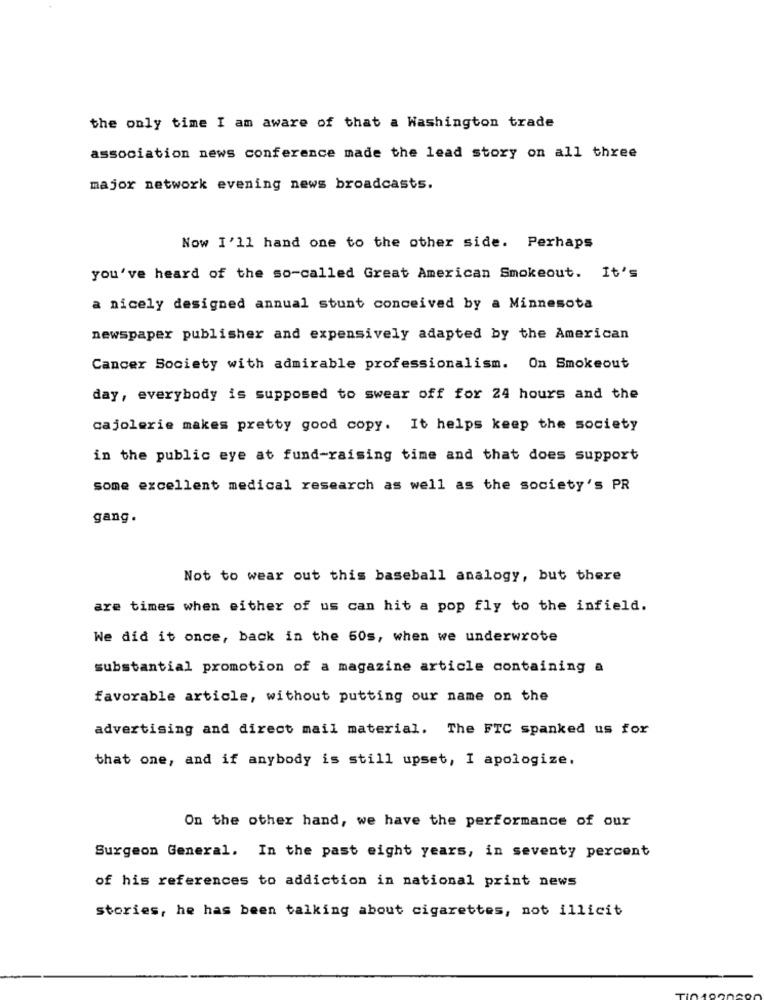
the only time I am aware of that a Washington trade
association news conference made the lead story on all three
major network evening news broadcasts.
Now I'll hand one to the other side. Perhaps
you've heard of the so-called Great American Smokeout. It's
a nicely designed annual stunt conceived by a Minnesota
newspaper publisher and expensively adapted by the American
Cancer Society with admirable professionalism. On Smokeout
day, everybody is supposed to swear off for 24 hours and the
cajolerie makes pretty good copy. It helps keep the society
in the public eye at fund-raising time and that does support
some excellent medical research as well as the society's PR
gang.
Not to wear out this baseball analogy, but there
are times when either of us can hit a pop fly to the infield.
We did it once, back in the 60s, when we underwrote
substantial promotion of a magazine article containing a
favorable article, without putting our name on the
advertising and direct mail material. The FTC spanked us for
that one, and if anybody is still upset, I apologize.
On the other hand, we have the performance of our
Surgeon General. In the past eight years, in seventy percent
of his references to addiction in national print news
stories, he has been talking about cigarettes, not illicit